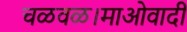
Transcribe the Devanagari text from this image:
चळवळ।माओवादी